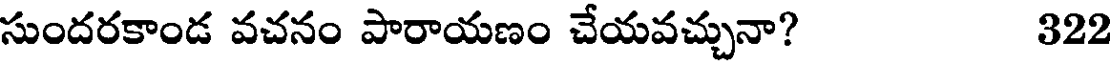
సుందరకాండ వచనం పారాయణం చేయవచ్చునా? 322